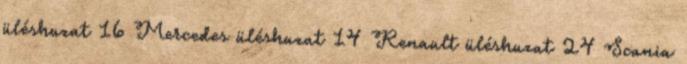
üléshuzat 16 Mercedes üléshuzat 14 Renault üléshuzat 24 Scania